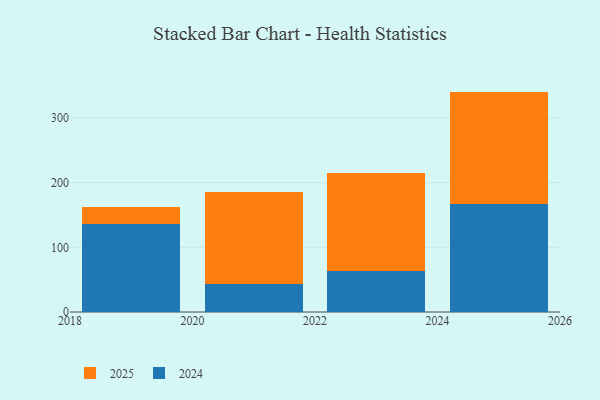
{"axis": {"x": "Year", "y": "Production Output"}, "legend": ["2024", "2025"], "data": [{"x": "2025", "y": 167.2, "type": "2024"}, {"x": "2025", "y": 173.5, "type": "2025"}, {"x": "2023", "y": 62.7, "type": "2024"}, {"x": "2023", "y": 152.8, "type": "2025"}, {"x": "2021", "y": 43.3, "type": "2024"}, {"x": "2021", "y": 141.9, "type": "2025"}, {"x": "2019", "y": 135.8, "type": "2024"}, {"x": "2019", "y": 26.7, "type": "2025"}]}